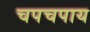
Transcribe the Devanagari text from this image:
चपचपाय